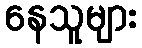
နေသူများ